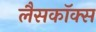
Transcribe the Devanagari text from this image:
लैसकॉक्स